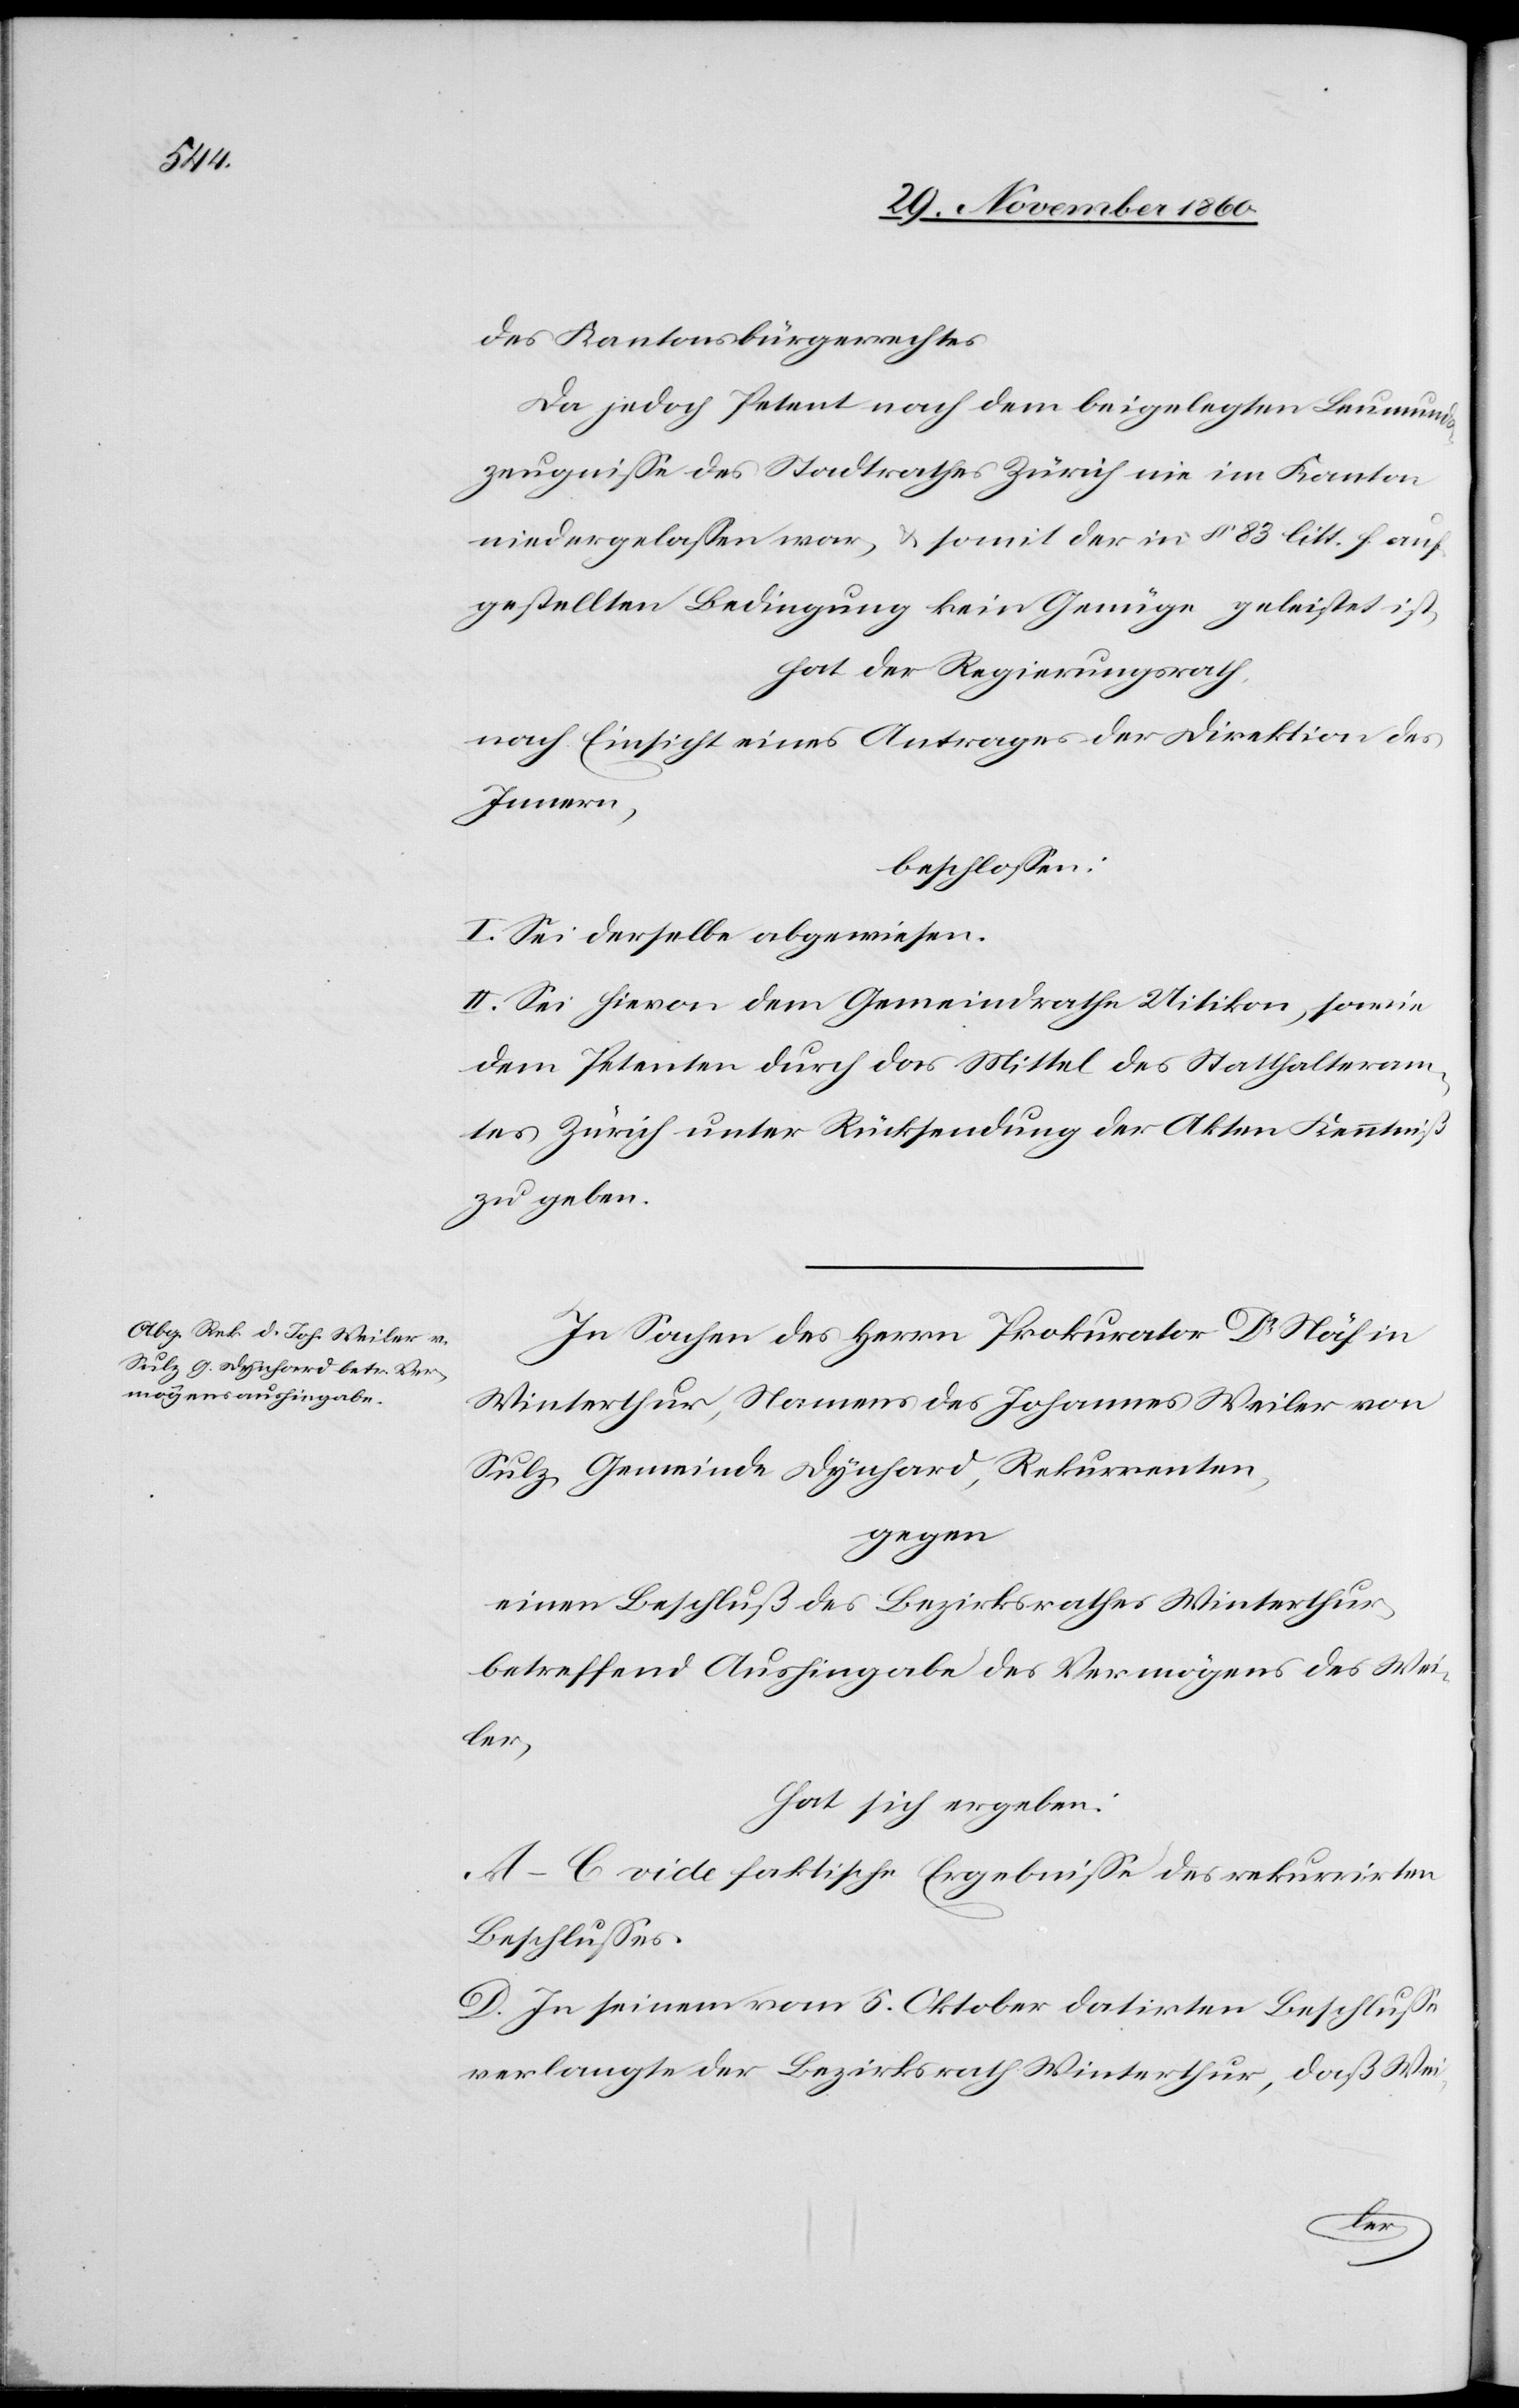
des Kantonsbürgerrechtes[.]
Da jedoch Petent nach dem beigelegten Lemunds¬
zeugnisse des Stadtrathes Zürich nie im Kanton
niedergelassen war, u. somit der in § 83 litt. f auf¬
gestellten Bedingung kein Genüge geleistet ist,
hat der Regierungsrath
nach Einsicht eines Antrages der Direktion des
Innern,
beschlossen:
I. Sei derselbe abgewiesen.
II. Sei hievon dem Gemeindrathe Uitikon, sowie
dem Petenten durch das Mittel des Statthalteram¬
tes Zürich unter Rücksendung der Akten Kenntniß
zu geben.
In Sahen des Herrn Prokurator Dr Näf in
Winterthur, Namens des Johannes Weiler von
Sulz, Gemeinde Dynhard, Rekurrenten,
gegen
einen Beschluß des Bezirksrathes Winterthur,
betreffend Aushingabe des Vermögens des Wei¬
ler,
hat sich ergeben:
A–C vide faktische Ergebnisse des rekurrirten
Beschlusses.
D. In seinem vom 5. Oktober datirten Beschlusse
verlangte der Bezirksrath Winterthur, daß Wei-